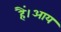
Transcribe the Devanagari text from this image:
हैं।आय